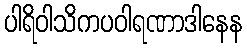
ပါရိဝါသိကပဝါရဏာဒါနေန